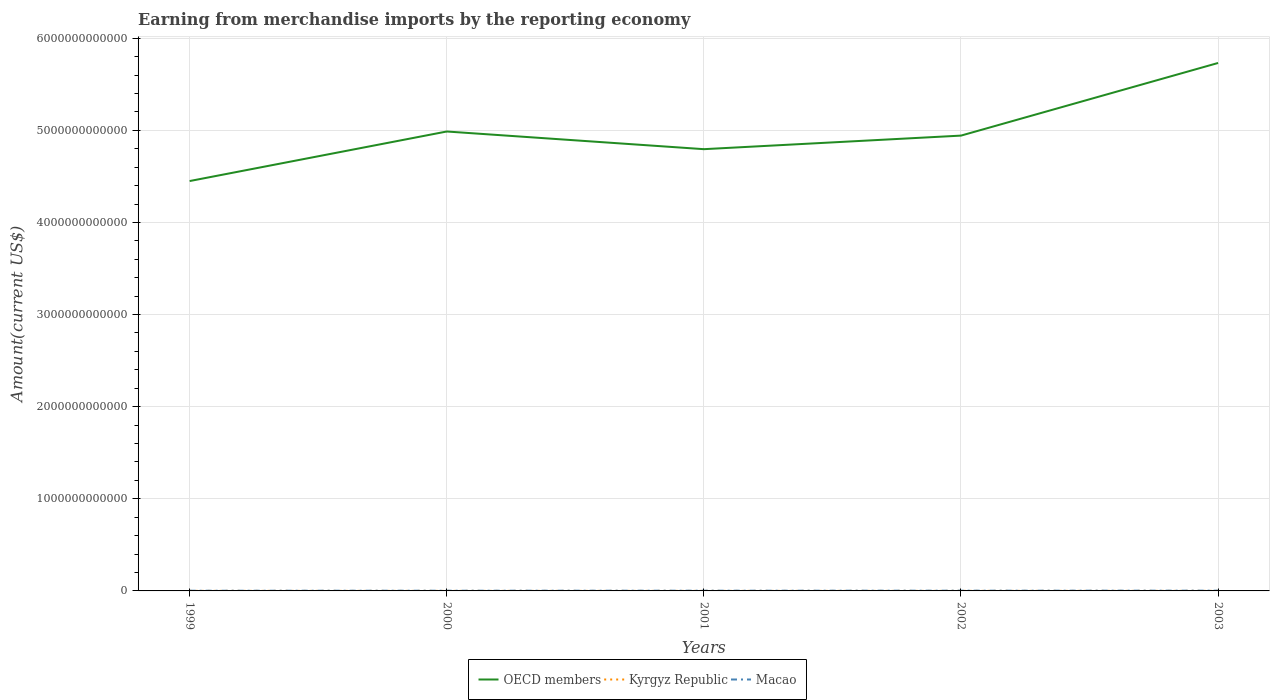
| Years | OECD members | Kyrgyz Republic | Macao |
 | --- | --- | --- | --- |
 | 1999 | 4.45e+12 | 6.10e+08 | 2.02e+09 |
 | 2000 | 4.99e+12 | 5.53e+08 | 2.26e+09 |
 | 2001 | 4.8e+12 | 4.72e+08 | 2.39e+09 |
 | 2002 | 4.94e+12 | 5.87e+08 | 2.53e+09 |
 | 2003 | 5.73e+12 | 7.17e+08 | 2.75e+09 |